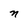
Character: n